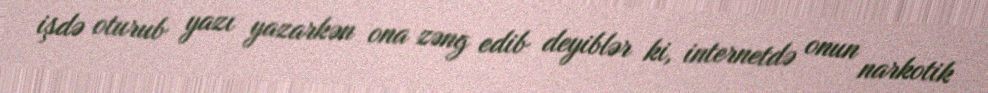
işdə oturub yazı yazarkən ona zəng edib deyiblər ki, internetdə onun narkotik